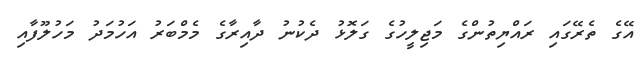
އޭގެ ތެރޭގައި ރައްޔިތުންގެ މަޖިލީހުގެ ގަލޮޅު ދެކުނު ދާއިރާގެ މެމްބަރު އަހުމަދު މަހުލޫފާއި